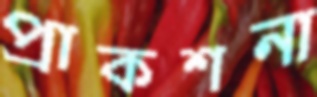
প্রাকশনা